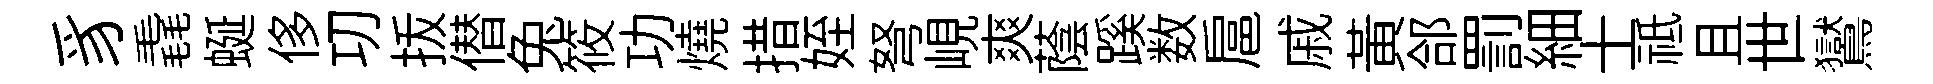
豸毳蜒侈㓛㧞僣兔筱功燒措姪弩峴爽蔭蹊数扈戚黄郃罰細士祗且世鸑